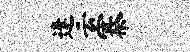
逢云寨